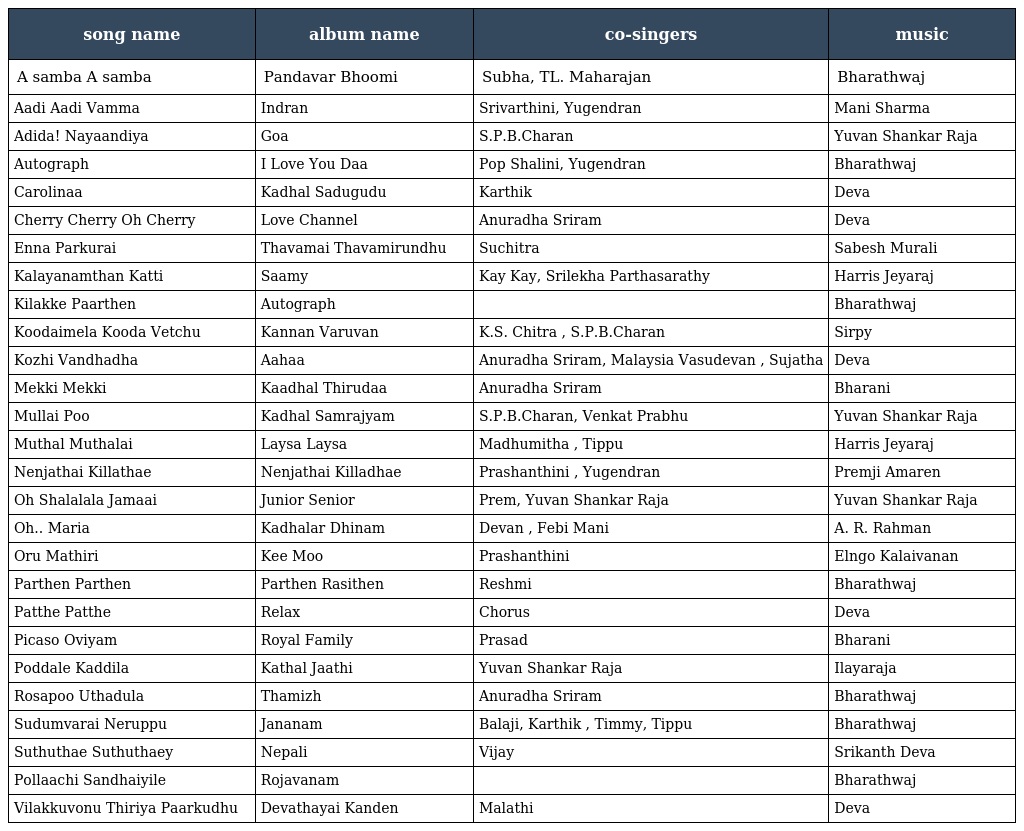
| song name | album name | co-singers | music |
 | --- | --- | --- | --- |
 | A samba A samba | Pandavar Bhoomi | Subha, TL. Maharajan | Bharathwaj |
 | Aadi Aadi Vamma | Indran | Srivarthini, Yugendran | Mani Sharma |
 | Adida! Nayaandiya | Goa | S.P.B.Charan | Yuvan Shankar Raja |
 | Autograph | I Love You Daa | Pop Shalini, Yugendran | Bharathwaj |
 | Carolinaa | Kadhal Sadugudu | Karthik | Deva |
 | Cherry Cherry Oh Cherry | Love Channel | Anuradha Sriram | Deva |
 | Enna Parkurai | Thavamai Thavamirundhu | Suchitra | Sabesh Murali |
 | Kalayanamthan Katti | Saamy | Kay Kay, Srilekha Parthasarathy | Harris Jeyaraj |
 | Kilakke Paarthen | Autograph |  | Bharathwaj |
 | Koodaimela Kooda Vetchu | Kannan Varuvan | K.S. Chitra , S.P.B.Charan | Sirpy |
 | Kozhi Vandhadha | Aahaa | Anuradha Sriram, Malaysia Vasudevan , Sujatha | Deva |
 | Mekki Mekki | Kaadhal Thirudaa | Anuradha Sriram | Bharani |
 | Mullai Poo | Kadhal Samrajyam | S.P.B.Charan, Venkat Prabhu | Yuvan Shankar Raja |
 | Muthal Muthalai | Laysa Laysa | Madhumitha , Tippu | Harris Jeyaraj |
 | Nenjathai Killathae | Nenjathai Killadhae | Prashanthini , Yugendran | Premji Amaren |
 | Oh Shalalala Jamaai | Junior Senior | Prem, Yuvan Shankar Raja | Yuvan Shankar Raja |
 | Oh.. Maria | Kadhalar Dhinam | Devan , Febi Mani | A. R. Rahman |
 | Oru Mathiri | Kee Moo | Prashanthini | Elngo Kalaivanan |
 | Parthen Parthen | Parthen Rasithen | Reshmi | Bharathwaj |
 | Patthe Patthe | Relax | Chorus | Deva |
 | Picaso Oviyam | Royal Family | Prasad | Bharani |
 | Poddale Kaddila | Kathal Jaathi | Yuvan Shankar Raja | Ilayaraja |
 | Rosapoo Uthadula | Thamizh | Anuradha Sriram | Bharathwaj |
 | Sudumvarai Neruppu | Jananam | Balaji, Karthik , Timmy, Tippu | Bharathwaj |
 | Suthuthae Suthuthaey | Nepali | Vijay | Srikanth Deva |
 | Pollaachi Sandhaiyile | Rojavanam |  | Bharathwaj |
 | Vilakkuvonu Thiriya Paarkudhu | Devathayai Kanden | Malathi | Deva |